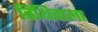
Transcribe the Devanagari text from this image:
तिथिवाला